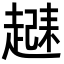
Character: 𬦗